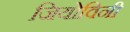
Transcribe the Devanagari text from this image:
जियोविनी